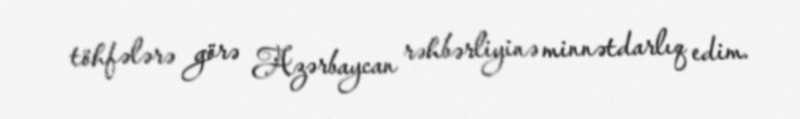
töhfələrə görə Azərbaycan rəhbərliyinə minnətdarlıq edim.